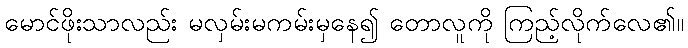
မောင်ဖိုးသာလည်း မလှမ်းမကမ်းမှနေ၍ တောလူကို ကြည့်လိုက်လေ၏။